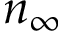
n _ { \infty }